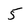
Character: 5